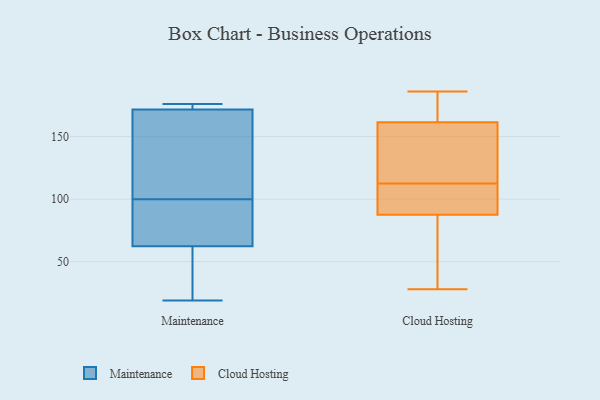
{"axis": {"x": "Customer Acquisition Cost (USD)", "y": "Value"}, "legend": ["Cloud Hosting", "Maintenance"], "data": [{"x": "", "y": 176, "type": "Maintenance"}, {"x": "", "y": 165, "type": "Maintenance"}, {"x": "", "y": 100, "type": "Maintenance"}, {"x": "", "y": 175, "type": "Maintenance"}, {"x": "", "y": 174, "type": "Maintenance"}, {"x": "", "y": 81, "type": "Maintenance"}, {"x": "", "y": 49, "type": "Maintenance"}, {"x": "", "y": 161, "type": "Maintenance"}, {"x": "", "y": 19, "type": "Maintenance"}, {"x": "", "y": 56, "type": "Maintenance"}, {"x": "", "y": 85, "type": "Maintenance"}, {"x": "", "y": 97, "type": "Cloud Hosting"}, {"x": "", "y": 38, "type": "Cloud Hosting"}, {"x": "", "y": 98, "type": "Cloud Hosting"}, {"x": "", "y": 32, "type": "Cloud Hosting"}, {"x": "", "y": 184, "type": "Cloud Hosting"}, {"x": "", "y": 146, "type": "Cloud Hosting"}, {"x": "", "y": 180, "type": "Cloud Hosting"}, {"x": "", "y": 130, "type": "Cloud Hosting"}, {"x": "", "y": 108, "type": "Cloud Hosting"}, {"x": "", "y": 85, "type": "Cloud Hosting"}, {"x": "", "y": 155, "type": "Cloud Hosting"}, {"x": "", "y": 31, "type": "Cloud Hosting"}, {"x": "", "y": 169, "type": "Cloud Hosting"}, {"x": "", "y": 117, "type": "Cloud Hosting"}, {"x": "", "y": 96, "type": "Cloud Hosting"}, {"x": "", "y": 28, "type": "Cloud Hosting"}, {"x": "", "y": 90, "type": "Cloud Hosting"}, {"x": "", "y": 165, "type": "Cloud Hosting"}, {"x": "", "y": 186, "type": "Cloud Hosting"}, {"x": "", "y": 158, "type": "Cloud Hosting"}]}